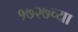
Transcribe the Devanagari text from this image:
१७२७च्या